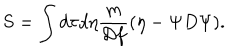
LaTeX: S = \int d \tau d \eta { \frac { m } { { \cal D } f } } ( \eta - \Psi { D } \Psi ) .